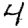
Digit: 4